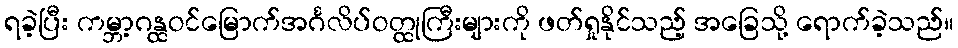
ရခဲ့ပြီး ကမ္ဘာ့ဂန္ထဝင်မြောက်အင်္ဂလိပ်ဝတ္ထုကြီးများကို ဖတ်ရှုနိုင်သည့် အခြေသို့ ရောက်ခဲ့သည်။